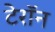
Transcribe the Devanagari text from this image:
टेरॉन